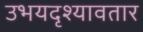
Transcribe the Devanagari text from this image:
उभयदृश्यावतार